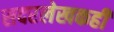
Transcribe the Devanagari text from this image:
सदरलेखकही